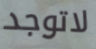
لاتوجد